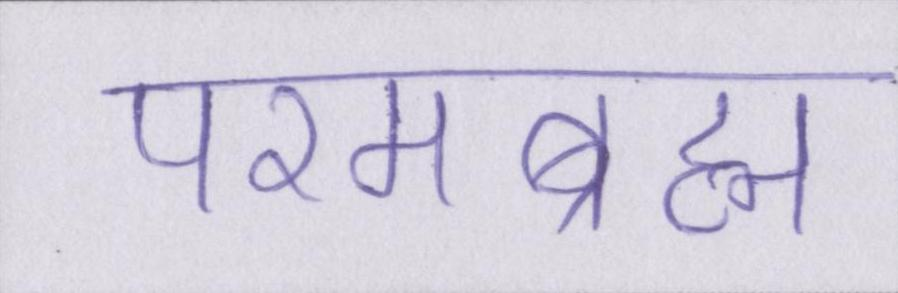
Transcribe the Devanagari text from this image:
परमब्रह्म